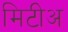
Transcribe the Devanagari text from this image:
मिटीअ